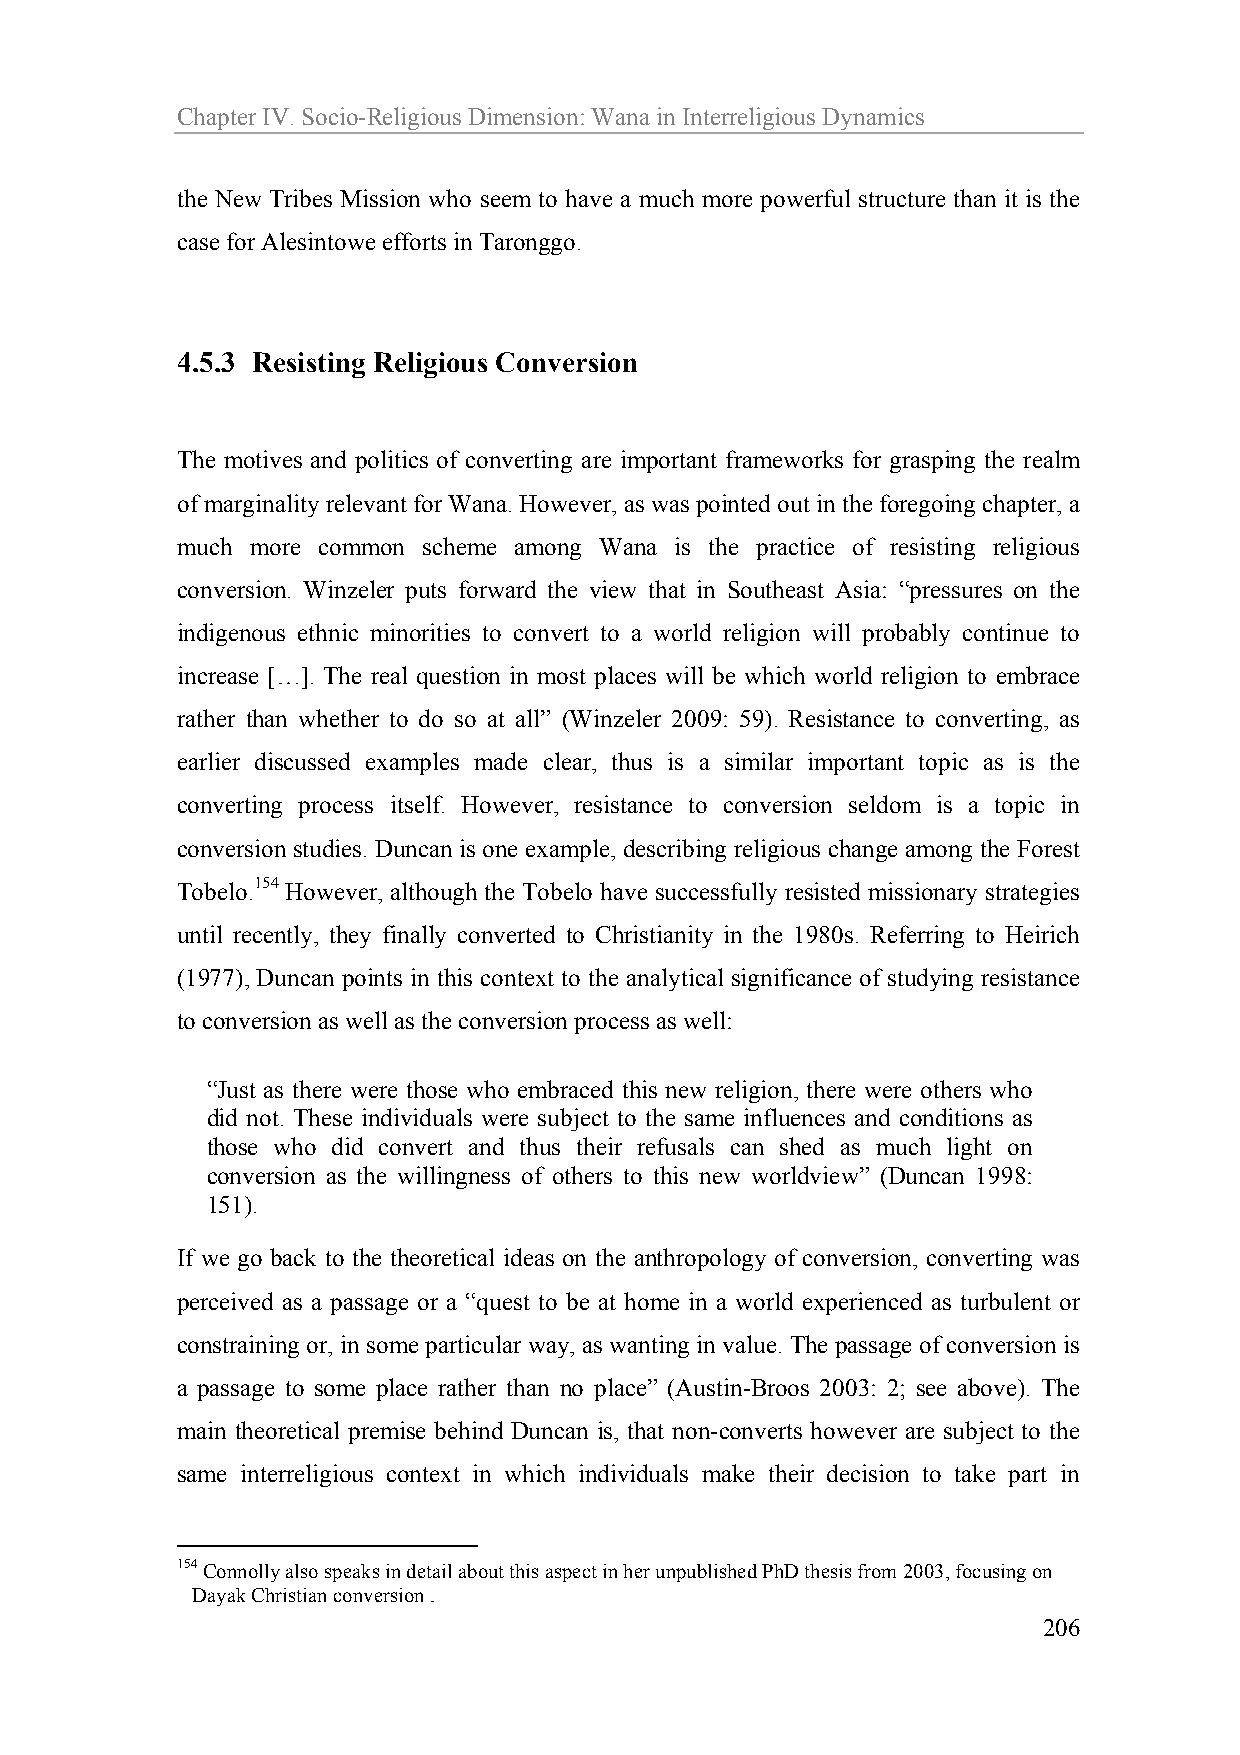
Chapter IV. Socio-Religious Dimension: Wana in Interreligious Dynamics
 the New Tribes Mission who seem to have a much more powerful structure than it is the
 case for Alesintowe efforts in Taronggo.
 4.5.3 Resisting Religious Conversion
 The motives and politics of converting are important frameworks for grasping the realm
 of marginality relevant for Wana. However, as was pointed out in the foregoing chapter, a
 much more common scheme among Wana is the practice of resisting religious
 conversion. Winzeler puts forward the view that in Southeast Asia: “pressures on the
 indigenous ethnic minorities to convert to a world religion will probably continue to
 increase […]. The real question in most places will be which world religion to embrace
 rather than whether to do so at all” (Winzeler 2009: 59). Resistance to converting, as
 earlier discussed examples made clear, thus is a similar important topic as is the
 converting process itself. However, resistance to conversion seldom is a topic in
 conversion studies. Duncan is one example, describing religious change among the Forest
 Tobelo.154 However, although the Tobelo have successfully resisted missionary strategies
 until recently, they finally converted to Christianity in the 1980s. Referring to Heirich
 (1977), Duncan points in this context to the analytical significance of studying resistance
 to conversion as well as the conversion process as well:
 “Just as there were those who embraced this new religion, there were others who
 did not. These individuals were subject to the same influences and conditions as
 those who did convert and thus their refusals can shed as much light on
 conversion as the willingness of others to this new worldview” (Duncan 1998:
 151).
 If we go back to the theoretical ideas on the anthropology of conversion, converting was
 perceived as a passage or a “quest to be at home in a world experienced as turbulent or
 constraining or, in some particular way, as wanting in value. The passage of conversion is
 a passage to some place rather than no place” (Austin-Broos 2003: 2; see above). The
 main theoretical premise behind Duncan is, that non-converts however are subject to the
 same interreligious context in which individuals make their decision to take part in
 154 Connolly also speaks in detail about this aspect in her unpublished PhD thesis from 2003, focusing on
 Dayak Christian conversion .
 206